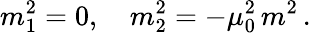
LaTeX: m_{1}^{2}=0,\quad m_{2}^{2}=-\mu_{0}^{2}\, m^{2}\, {.}